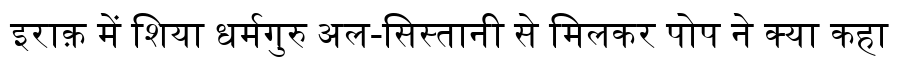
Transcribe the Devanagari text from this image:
इराक़ में शिया धर्मगुरु अल-सिस्तानी से मिलकर पोप ने क्या कहा